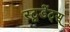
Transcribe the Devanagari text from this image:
स्टूडेंट्स्